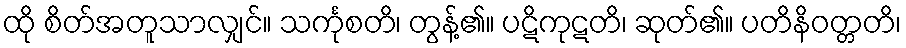
ထို စိတ်အတူသာလျှင်။ သင်္ကုစတိ၊ တွန့်၏။ ပဋိကုဋတိ၊ ဆုတ်၏။ ပတိနိဝတ္တတိ၊